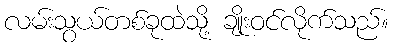
လမ်းသွယ်တစ်ခုထဲသို့ ချိုးဝင်လိုက်သည်။